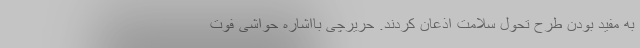
به مفید بودن طرح تحول سلامت اذعان کردند. حریرچی بااشاره حواشی فوت